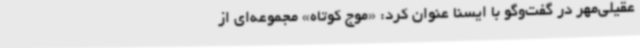
عقیلی‌مهر در گفت‌وگو با ایسنا عنوان کرد: «موج کوتاه» مجموعه‌ای از